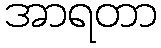
အာရတာ